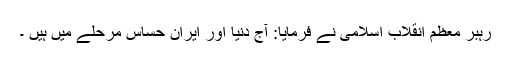
رہبر معظم انقلاب اسلامی نے فرمایا: آج دنیا اور ایران حساس مرحلے میں ہیں ۔